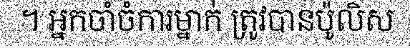
។ អ្នកចាំចំការម្នាក់ ត្រូវបានប៉ូលិស